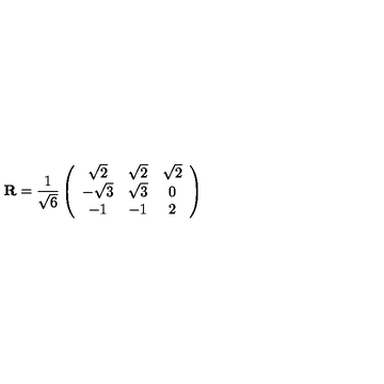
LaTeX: { \mathbf R } = \frac { 1 } { \sqrt 6 } \left( \begin{array} { c c c } { \sqrt 2 } & { \sqrt 2 } & { \sqrt 2 } \\ { - \sqrt 3 } & { \sqrt 3 } & { 0 } \\ { - 1 } & { - 1 } & { 2 } \\ \end{array} \right)